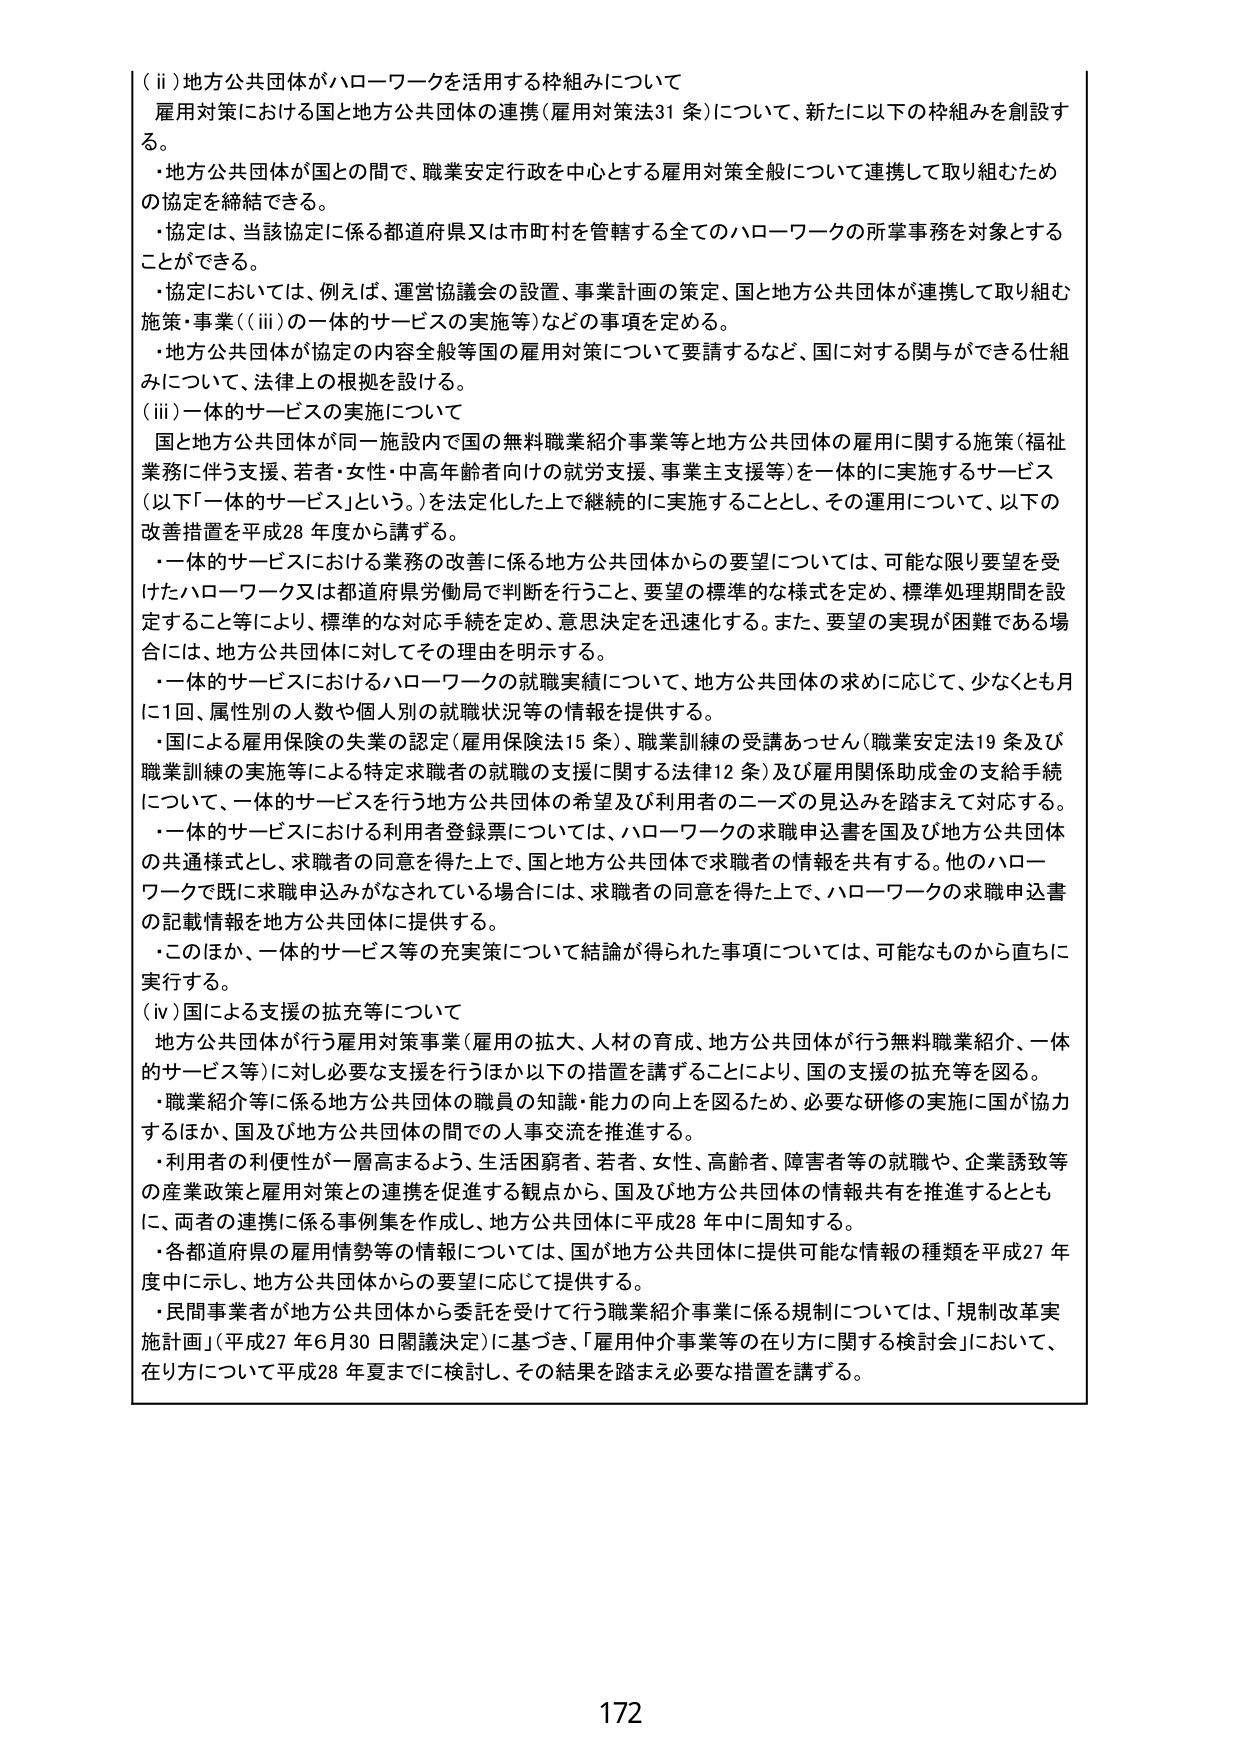
（ⅱ）地方公共団体がハローワークを活用する枠組みについて
雇用対策における国と地方公共団体の連携（雇用対策法31条）について、新たに以下の枠組みを創設する。
・地方公共団体が国との間で、職業安定行政を中心とする雇用対策全般について連携して取り組むための協定を締結できる。
・協定は、当該協定に係る都道府県又は市町村を管轄する全てのハローワークの所掌事務を対象とすることができる。
・協定においては、例えば、運営協議会の設置、事業計画の策定、国と地方公共団体が連携して取り組む施策・事業（（ⅲ）の一体的サービスの実施等）などの事項を定める。
・地方公共団体が協定の内容全般等国の雇用対策について要請するなど、国に対する関与ができる仕組みについて、法律上の根拠を設ける。

（ⅲ）一体的サービスの実施について
国と地方公共団体が同一施設内で国の無料職業紹介事業等と地方公共団体の雇用に関する施策（福祉業務に伴う支援、若者・女性・中高年齢者向けの就労支援、事業主支援等）を一体的に実施するサービス（以下「一体的サービス」という。）を法定化した上で継続的に実施することとし、その運用について、以下の改善措置を平成28年度から講ずる。
・一体的サービスにおける業務の改善に係る地方公共団体からの要望については、可能な限り要望を受けたハローワーク又は都道府県労働局で判断を行うこと、要望の標準的な様式を定め、標準処理期間を設定すること等により、標準的な対応手続を定め、意思決定を迅速化する。また、要望の実現が困難である場合には、地方公共団体に対してその理由を明示する。
・一体的サービスにおけるハローワークの就職実績について、地方公共団体の求めに応じて、少なくとも月に1回、属性別的人数や個人別の就職状況等の情報を提供する。
・国による雇用保険の失業の認定（雇用保険法15条）、職業訓練の受講あっせん（職業安定法19条及び職業訓練の実施等による特定求職者の就職の支援に関する法律12条）及び雇用関係助成金の支給手続について、一体的サービスを行う地方公共団体の希望及び利用者のニーズの見込みを踏まえて対応する。
・一体的サービスにおける利用者登録票については、ハローワークの求職申込書を国及び地方公共団体の共通様式とし、求職者の同意を得た上で、国と地方公共団体で求職者の情報を共有する。他のハローワークで既に求職申込みがなされている場合には、求職者の同意を得た上で、ハローワークの求職申込書の記載情報を地方公共団体に提供する。
・このほか、一体的サービス等の充実策について結論が得られた事項については、可能なものから直ちに実行する。

（ⅳ）国による支援の拡充等について
地方公共団体が行う雇用対策事業（雇用の拡大、人材の育成、地方公共団体が行う無料職業紹介、一体的サービス等）に対し必要な支援を行うほか以下の措置を講ずることにより、国の支援の拡充等を図る。
・職業紹介等に係る地方公共団体の職員の知識・能力の向上を図るため、必要な研修の実施に国が協力するほか、国及び地方公共団体の間での人事交流を推進する。
・利用者の利便性が一層高まるよう、生活困窮者、若者、女性、高齢者、障害者等の就職や、企業誘致等の産業政策と雇用対策との連携を促進する観点から、国及び地方公共団体の情報共有を推進するとともに、両者の連携に係る事例集を作成し、地方公共団体に平成28年中に周知する。
・各都道府県の雇用情勢等の情報については、国が地方公共団体に提供可能な情報の種類を平成27年度中に示し、地方公共団体からの要望に応じて提供する。
・民間事業者が地方公共団体から委託を受けて行う職業紹介事業に係る規制については、「規制改革実施計画」（平成27年6月30日閣議決定）に基づき、「雇用仲介事業等の在り方に関する検討会」において、在り方について平成28年夏までに検討し、その結果を踏まえ必要な措置を講ずる。

172